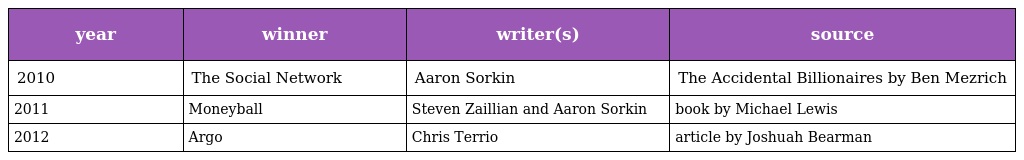
| year | winner | writer(s) | source |
 | --- | --- | --- | --- |
 | 2010 | The Social Network | Aaron Sorkin | The Accidental Billionaires by Ben Mezrich |
 | 2011 | Moneyball | Steven Zaillian and Aaron Sorkin | book by Michael Lewis |
 | 2012 | Argo | Chris Terrio | article by Joshuah Bearman |